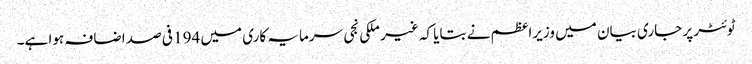
ٹوئٹر پر جاری بیان میں وزیراعظم نے بتایا کہ غیر ملکی نجی سرمایہ کاری میں 194 فی صد اضافہ ہوا ہے۔